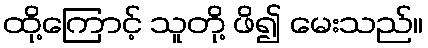
ထို့ကြောင့် သူတို့ ဖိ၍ မေးသည်။